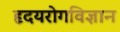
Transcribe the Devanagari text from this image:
हृदयरोगविज्ञान